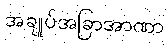
အချုပ်အခြာအာဏာ